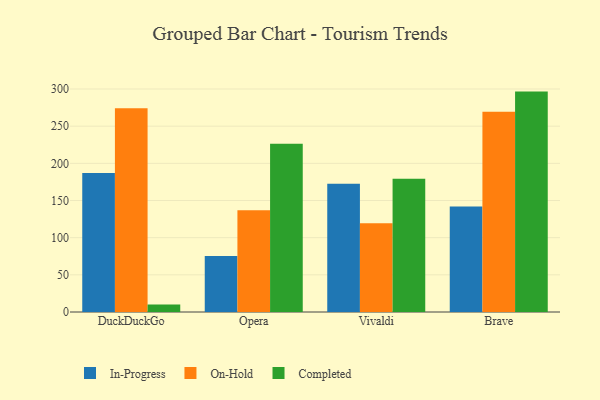
{"axis": {"x": "Browser", "y": "Energy Usage (MWh)"}, "legend": ["Completed", "In-Progress", "On-Hold"], "data": [{"x": "DuckDuckGo", "y": 187.0, "type": "In-Progress"}, {"x": "DuckDuckGo", "y": 274.2, "type": "On-Hold"}, {"x": "DuckDuckGo", "y": 10.2, "type": "Completed"}, {"x": "Opera", "y": 75.3, "type": "In-Progress"}, {"x": "Opera", "y": 137.0, "type": "On-Hold"}, {"x": "Opera", "y": 226.2, "type": "Completed"}, {"x": "Vivaldi", "y": 172.7, "type": "In-Progress"}, {"x": "Vivaldi", "y": 119.3, "type": "On-Hold"}, {"x": "Vivaldi", "y": 179.1, "type": "Completed"}, {"x": "Brave", "y": 141.9, "type": "In-Progress"}, {"x": "Brave", "y": 269.4, "type": "On-Hold"}, {"x": "Brave", "y": 296.5, "type": "Completed"}]}